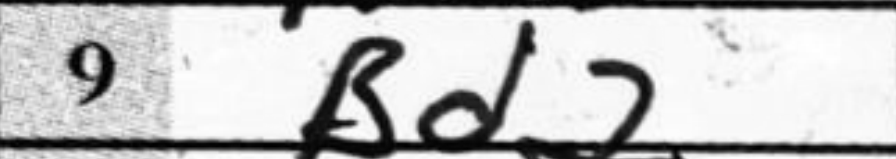
Transcription: Bd2